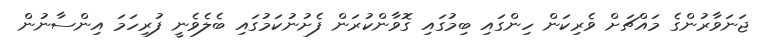
ޖަނަވާރުންގެ މައްޗަށް ވެރިކަން ހިންގައި ބިމުގައި ގޮވާންކުރަން ފެށުނުކަމުގައި ބެލެވެނީ ފުރިހަމަ އިންސާނުން